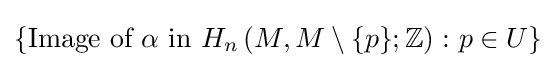
\{{\text{Image of }}\alpha {\text{ in }}H_{n}\left(M,M\setminus \{p\};\mathbb {Z} \right)\colon p\in U\}